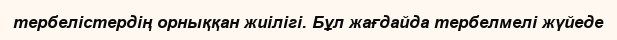
тербелістердің орныққан жиілігі. Бұл жағдайда тербелмелі жүйеде